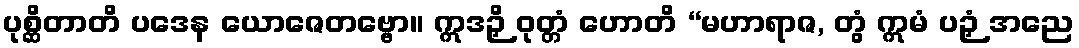
ပုစ္ဆိတာတိ ပဒေန ယောဇေတဗ္ဗော။ ဣဒဉှိ ဝုတ္တံ ဟောတိ “မဟာရာဇ, တွံ ဣမံ ပဉှံ အညေ